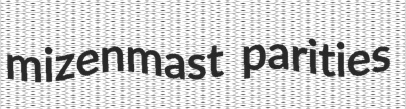
mizenmast parities